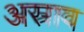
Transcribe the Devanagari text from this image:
अस्राव